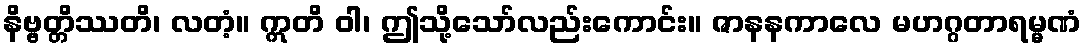
နိဗ္ဗတ္တိဿတိ၊ လတံ့။ ဣတိ ဝါ၊ ဤသို့သော်လည်းကောင်း။ ဇာနနကာလေ မဟဂ္ဂတာရမ္မဏံ